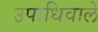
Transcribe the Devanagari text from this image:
उपाधिवाले